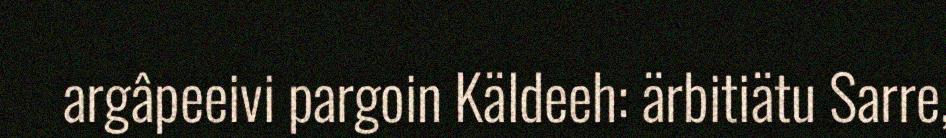
argâpeeivi pargoin Käldeeh: ärbitiätu Sarre,